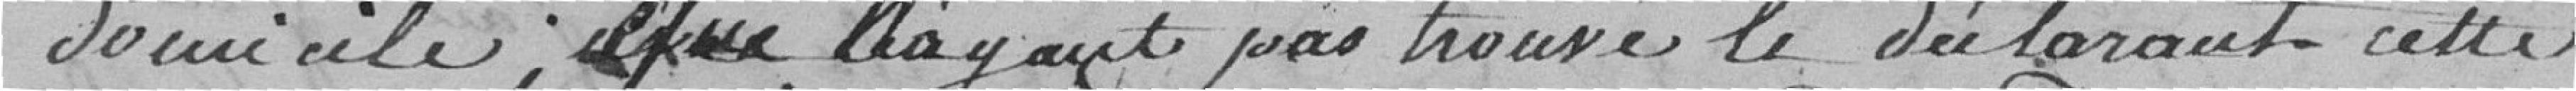
domicile ; que n'ayant pas trouvé le déclarant cette